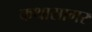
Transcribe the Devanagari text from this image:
कथासागर